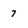
Character: 7